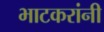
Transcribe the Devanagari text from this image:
भाटकरांनी